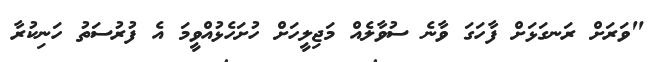
"ވަރަށް ރަނގަޅަށް ފާހަގަ ވާނެ ސުވާލެއް މަޖިލީހަށް ހުށަހެޅުއްވީމަ އެ ފުރުސަތު ހަނިކުރާ